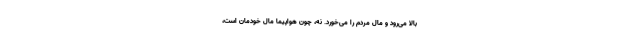
بالا می‌رود و مال مردم را می‌خورد. نه، چون هواپیما مال خودمان است،